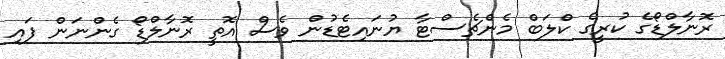
ރޮނާލްޑޯގެ ކުރީގެ ކްލަބް މެންޗެސްޓާ ޔުނައިޓެޑުން ވެސް އޮތީ ރޮނާލްޑޯ ގެންނަން ފައި